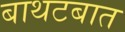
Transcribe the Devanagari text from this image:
बाथटबात